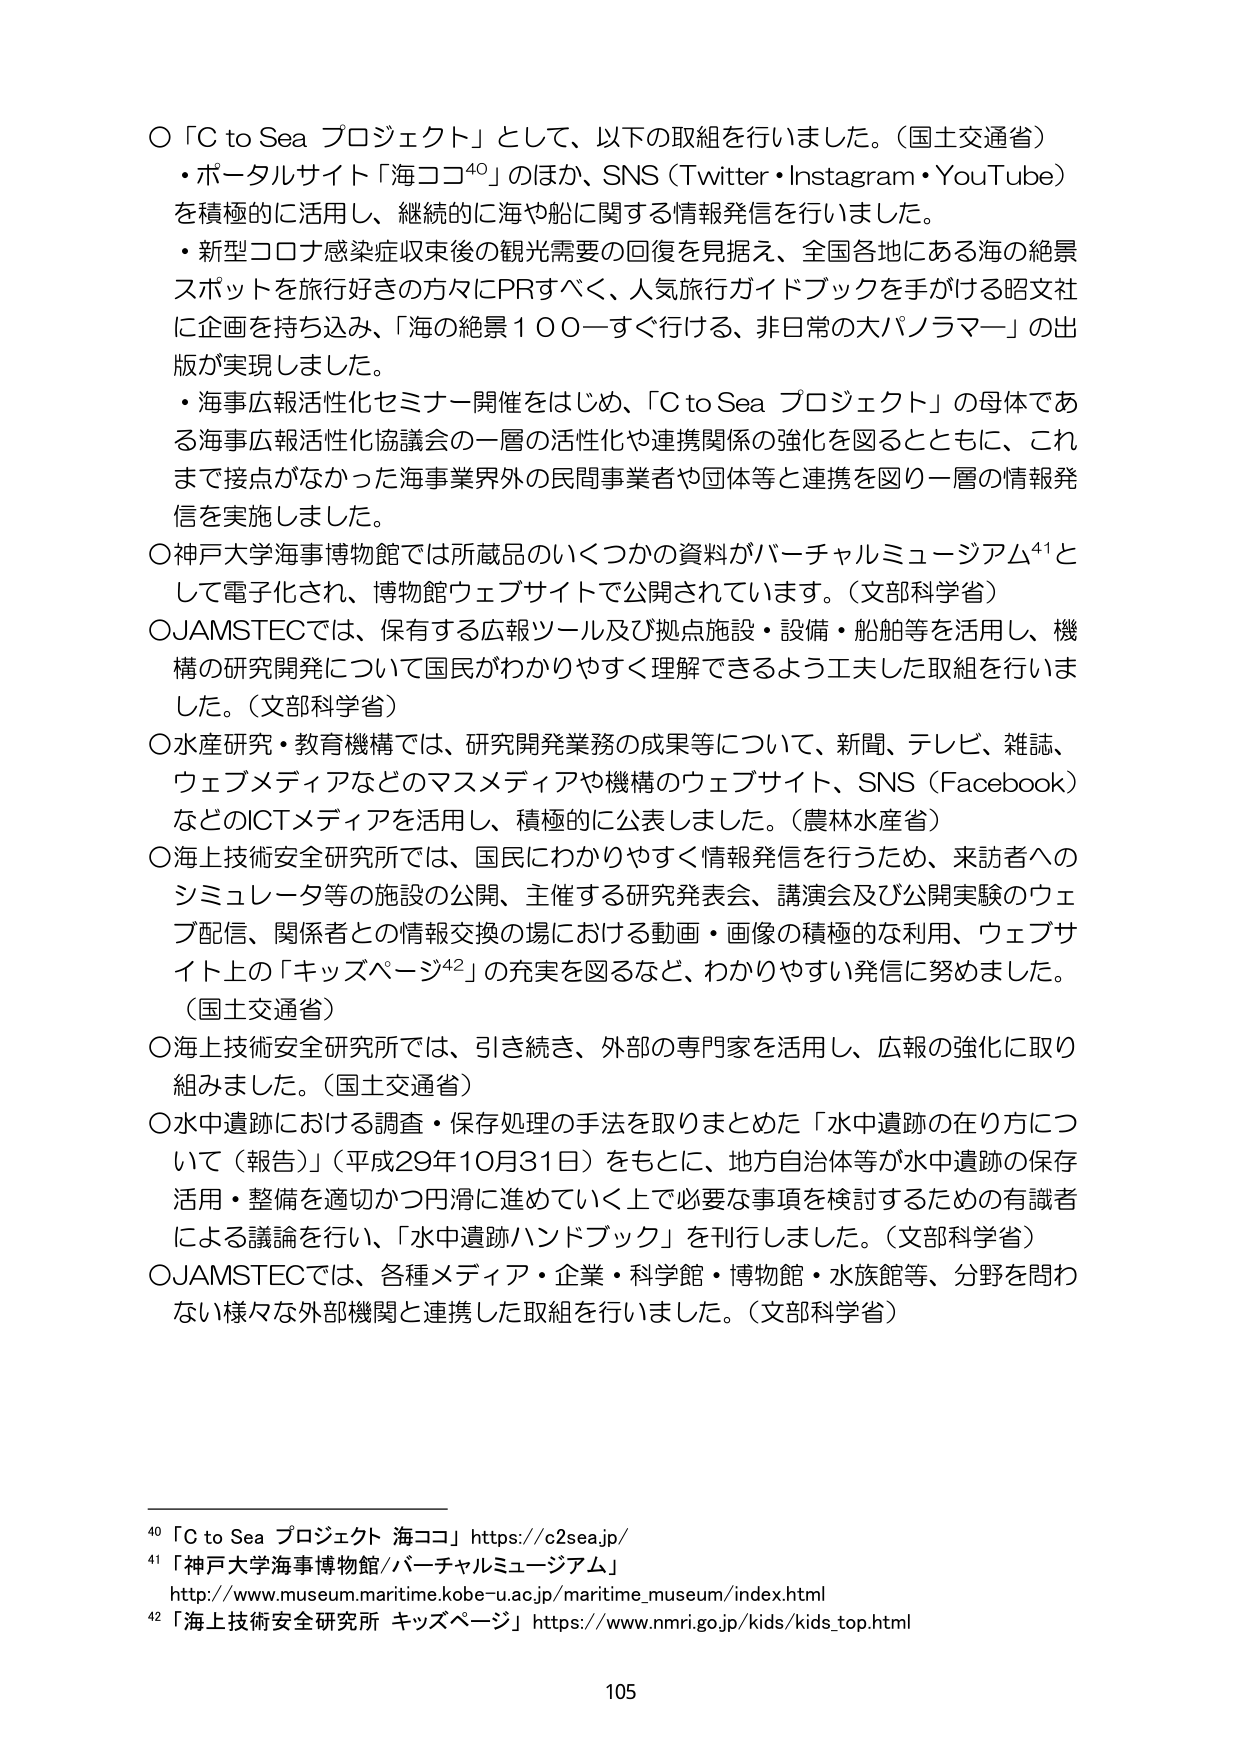
○「C to Sea プロジェクト」として、以下の取組を行いました。（国土交通省）
・ポータルサイト「海ココ⁴⁰」のほか、SNS（Twitter・Instagram・YouTube）
を積極的に活用し、継続的に海や船に関する情報発信を行いました。
・新型コロナ感染症収束後の観光需要の回復を見据え、全国各地にある海の絶景
スポットを旅行好きの方々にPRすべく、人気旅行ガイドブックを手がける昭文社
に企画を持ち込み、「海の絶景１００―すぐ行ける、非日常の大パノラマ―」の出
版が実現しました。
・海事広報活性化セミナー開催をはじめ、「C to Sea プロジェクト」の母体であ
る海事広報活性化協議会の一層の活性化や連携関係の強化を図るとともに、これ
まで接点がなかった海事業界外の民間事業者や団体等と連携を図り一層の情報発
信を実施しました。

○神戸大学海事博物館では所蔵品のいくつかの資料がバーチャルミュージアム⁴¹と
して電子化され、博物館ウェブサイトで公開されています。（文部科学省）

○JAMSTECでは、保有する広報ツール及び拠点施設・設備・船舶等を活用し、機
構の研究開発について国民がわかりやすく理解できるよう工夫した取組を行いま
した。（文部科学省）

○水産研究・教育機構では、研究開発業務の成果等について、新聞、テレビ、雑誌、
ウェブメディアなどのマスメディアや機構のウェブサイト、SNS（Facebook）
などのICTメディアを活用し、積極的に公表しました。（農林水産省）

○海上技術安全研究所では、国民にわかりやすく情報発信を行うため、来訪者への
シミュレータ等の施設の公開、主催する研究発表会、講演会及び公開実験のウェ
ブ配信、関係者との情報交換の場における動画・画像の積極的な利用、ウェブサ
イト上の「キッズページ⁴²」の充実を図るなど、わかりやすい発信に努めました。
（国土交通省）

○海上技術安全研究所では、引き続き、外部の専門家を活用し、広報の強化に取り
組みました。（国土交通省）

○水中遺跡における調査・保存処理の手法を取りまとめた「水中遺跡の在り方につ
いて（報告）」（平成29年10月31日）をもとに、地方自治体等が水中遺跡の保存
活用・整備を適切かつ円滑に進めていく上で必要な事項を検討するための有識者
による議論を行い、「水中遺跡ハンドブック」を刊行しました。（文部科学省）

○JAMSTECでは、各種メディア・企業・科学館・博物館・水族館等、分野を問わ
ない様々な外部機関と連携した取組を行いました。（文部科学省）

⁴⁰「C to Sea プロジェクト 海ココ」https://c2sea.jp/
⁴¹「神戸大学海事博物館/バーチャルミュージアム」
http://www.museum.maritime.kobe-u.ac.jp/maritime_museum/index.html
⁴²「海上技術安全研究所 キッズページ」https://www.nmri.go.jp/kids/kids_top.html

105